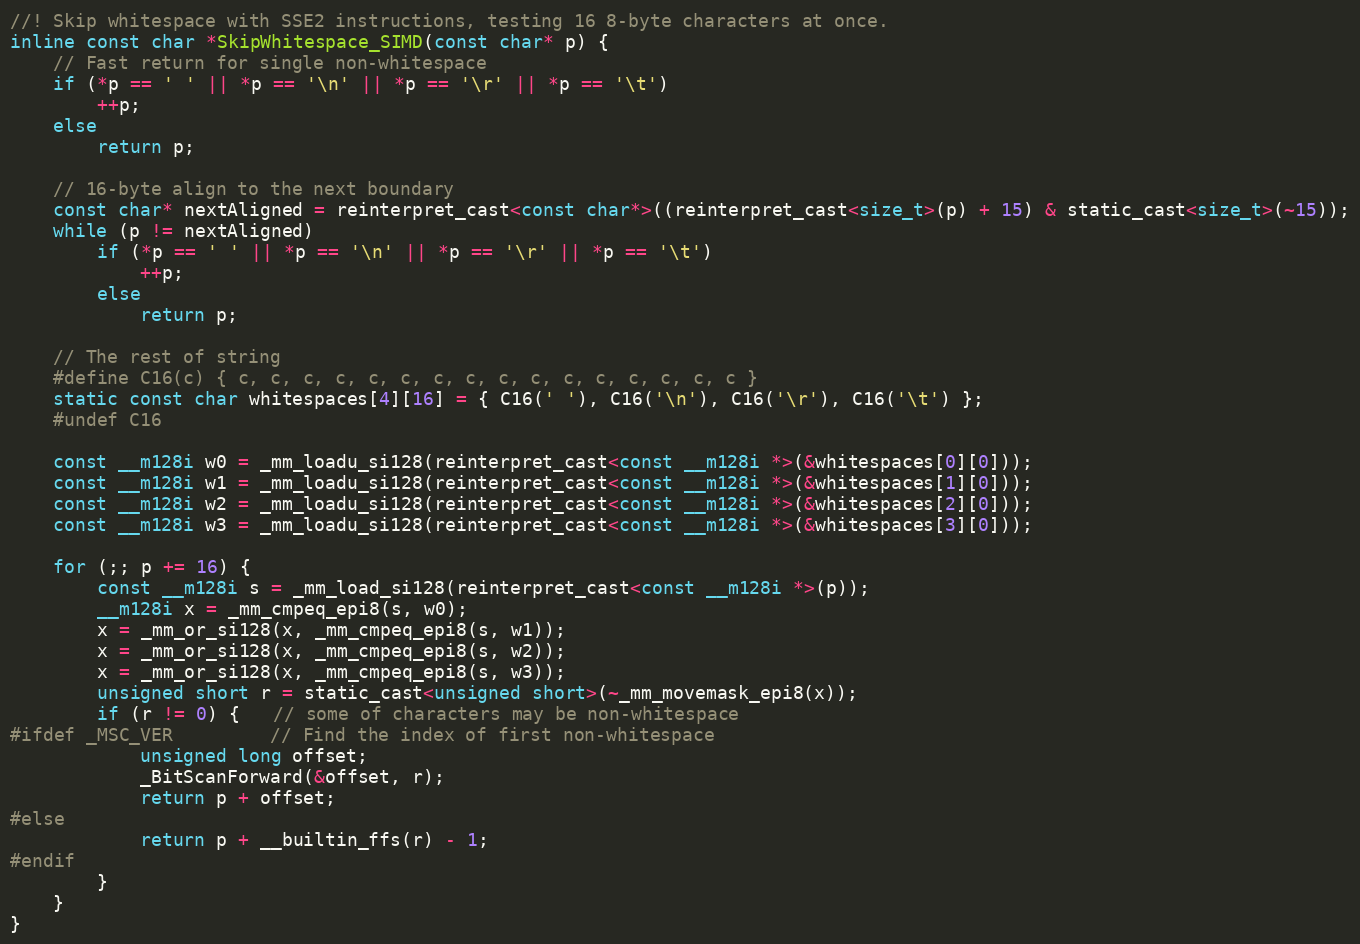
Language: C
//! Skip whitespace with SSE2 instructions, testing 16 8-byte characters at once.
inline const char *SkipWhitespace_SIMD(const char* p) {
    // Fast return for single non-whitespace
    if (*p == ' ' || *p == '\n' || *p == '\r' || *p == '\t')
        ++p;
    else
        return p;

    // 16-byte align to the next boundary
    const char* nextAligned = reinterpret_cast<const char*>((reinterpret_cast<size_t>(p) + 15) & static_cast<size_t>(~15));
    while (p != nextAligned)
        if (*p == ' ' || *p == '\n' || *p == '\r' || *p == '\t')
            ++p;
        else
            return p;

    // The rest of string
    #define C16(c) { c, c, c, c, c, c, c, c, c, c, c, c, c, c, c, c }
    static const char whitespaces[4][16] = { C16(' '), C16('\n'), C16('\r'), C16('\t') };
    #undef C16

    const __m128i w0 = _mm_loadu_si128(reinterpret_cast<const __m128i *>(&whitespaces[0][0]));
    const __m128i w1 = _mm_loadu_si128(reinterpret_cast<const __m128i *>(&whitespaces[1][0]));
    const __m128i w2 = _mm_loadu_si128(reinterpret_cast<const __m128i *>(&whitespaces[2][0]));
    const __m128i w3 = _mm_loadu_si128(reinterpret_cast<const __m128i *>(&whitespaces[3][0]));

    for (;; p += 16) {
        const __m128i s = _mm_load_si128(reinterpret_cast<const __m128i *>(p));
        __m128i x = _mm_cmpeq_epi8(s, w0);
        x = _mm_or_si128(x, _mm_cmpeq_epi8(s, w1));
        x = _mm_or_si128(x, _mm_cmpeq_epi8(s, w2));
        x = _mm_or_si128(x, _mm_cmpeq_epi8(s, w3));
        unsigned short r = static_cast<unsigned short>(~_mm_movemask_epi8(x));
        if (r != 0) {   // some of characters may be non-whitespace
#ifdef _MSC_VER         // Find the index of first non-whitespace
            unsigned long offset;
            _BitScanForward(&offset, r);
            return p + offset;
#else
            return p + __builtin_ffs(r) - 1;
#endif
        }
    }
}